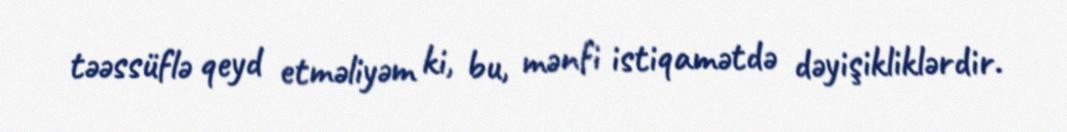
təəssüflə qeyd etməliyəm ki, bu, mənfi istiqamətdə dəyişikliklərdir.